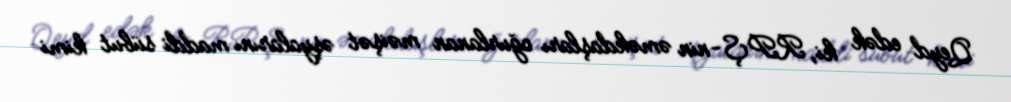
Qeyd edək ki, RPŞ-nin əməkdaşları oğurlanan məişət əşyalarını maddi sübut kimi